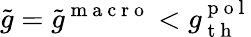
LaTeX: \tilde{g}=\tilde{g}^{\mathrm{~m~a~c~r~o~}}<g_{\mathrm{~t~h~}}^{\mathrm{~p~o~l~}}